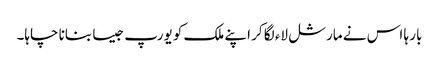
بار ہا اس نے مارشل لاء لگا کر اپنے ملک کو یورپ جیسا بنانا چاہا۔